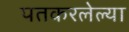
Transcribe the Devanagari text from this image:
पतकरलेल्या